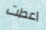
اعطت